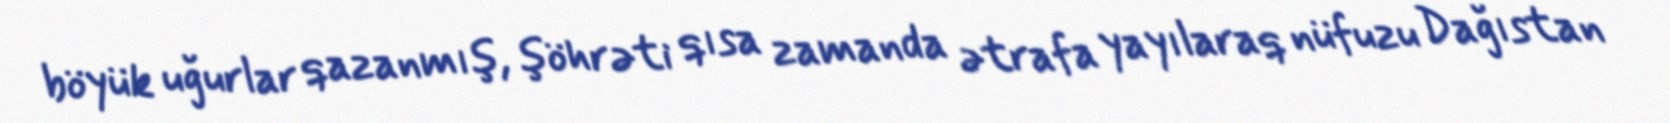
böyük uğurlar qazanmış, şöhrəti qısa zamanda ətrafa yayılaraq nüfuzu Dağıstan